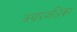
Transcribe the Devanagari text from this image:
अग्रप्रजंधिका